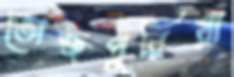
ভোজপুরিয়া